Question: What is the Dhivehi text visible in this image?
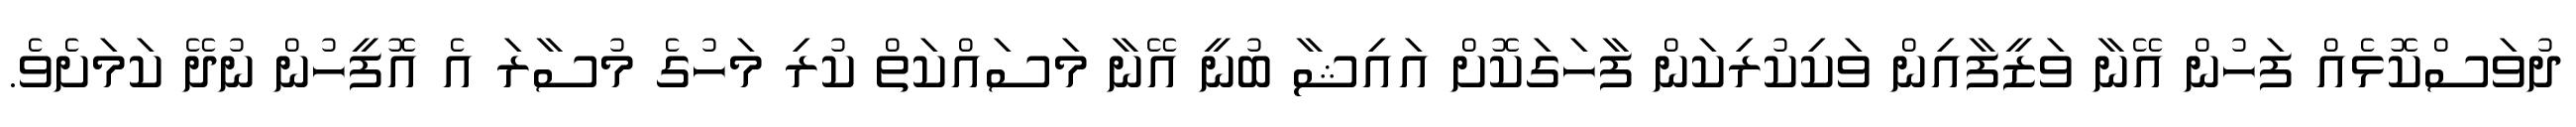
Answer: ދުވަސްކޮޅެއް ފަހުން އޭނާ ވަޒީފާއިން ވަކިކުރިކަން ފާހަގަކޮށް އައިޝާ ބުނީ އޭނާ މަސައްކަތް ކުރި މަހުގެ މުސާރަ އެ އޮފީހުން ނުދޭ ކަމަށެވެ.